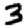
Digit: 3